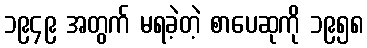
၁၉၄၉ အတွက် မရခဲ့တဲ့ စာပေဆုကို ၁၉၅၈